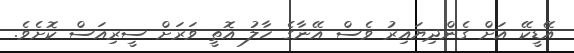
އޭޑީކޭ އަށް ގެންދިޔައިރު ވެސް އޭނާގެ ހާލު އޮތީ ވަރަށް ސީރިއަސް ކޮށެވެ.